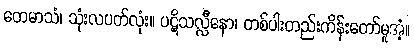
တေမာသံ၊ သုံးလပတ်လုံး။ ပဋိသလ္လီနော၊ တစ်ပါးတည်းကိန်းတော်မူအံ့။